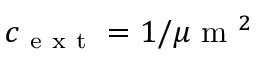
c _ { \mathrm { ~ e ~ x ~ t ~ } } = 1 / \mu \mathrm { ~ m ~ } ^ { 2 }